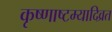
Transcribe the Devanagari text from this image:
कृष्णाष्टम्यादिव्रत